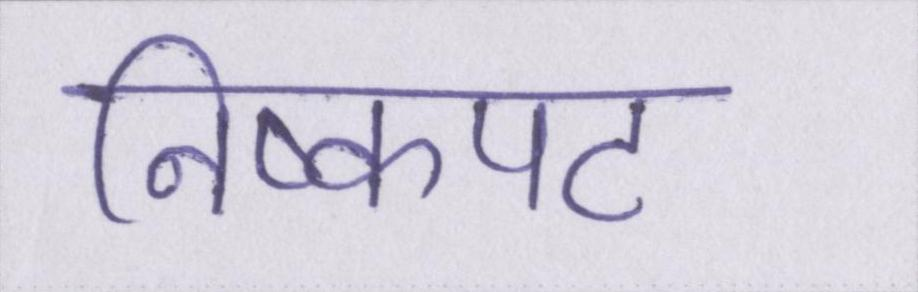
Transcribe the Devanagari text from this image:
निष्कपट